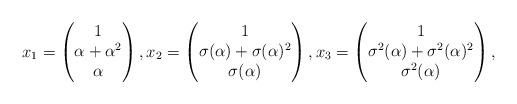
LaTeX: \begin{align*}x_1 = \left(\begin{matrix}1 \\\alpha + \alpha^2 \\\alpha\end{matrix}\right), x_2 = \left(\begin{matrix}1 \\\sigma(\alpha) + \sigma(\alpha)^2 \\\sigma(\alpha)\end{matrix}\right), x_3 = \left(\begin{matrix}1 \\\sigma^2(\alpha) + \sigma^2(\alpha)^2 \\\sigma^2(\alpha)\end{matrix}\right),\end{align*}